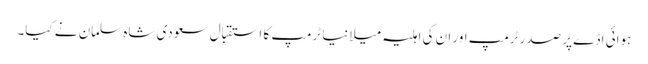
ہوائی اڈے پر صدر ٹرمپ اور ان کی اہلیہ میلانیا ٹرمپ کا استقبال سعودی شاہ سلمان نے کیا۔